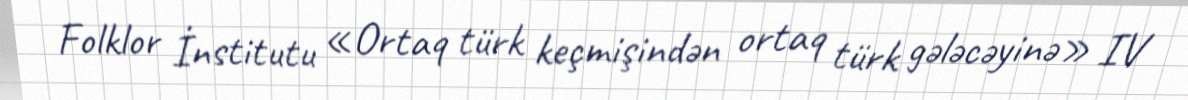
Folklor İnstitutu «Ortaq türk keçmişindən ortaq türk gələcəyinə» IV